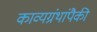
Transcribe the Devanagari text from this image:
काव्यग्रंथांपैकी